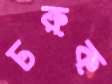
চরুক